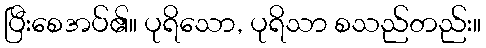
ပြီးစေအပ်၏။ ပုရိသော, ပုရိသာ စသည်တည်း။